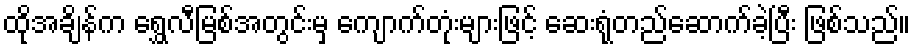
ထိုအချိန်က ရွှေလီမြစ်အတွင်းမှ ကျောက်တုံးများဖြင့် ဆေးရုံတည်ဆောက်ခဲ့ပြီး ဖြစ်သည်။